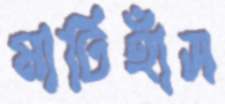
মাটিহাঁস